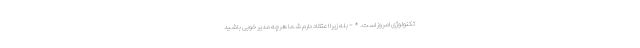
تکنولوژی امروز است. * - بله زیرا اعتقاد دارم شما هرچه مدیر خوبی باشید